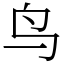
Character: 鸟